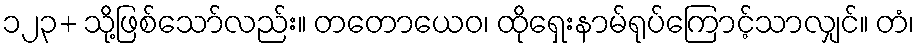
၁၂၃+ သို့ဖြစ်သော်လည်း။ တတောယေဝ၊ ထိုရှေးနာမ်ရုပ်ကြောင့်သာလျှင်။ တံ၊